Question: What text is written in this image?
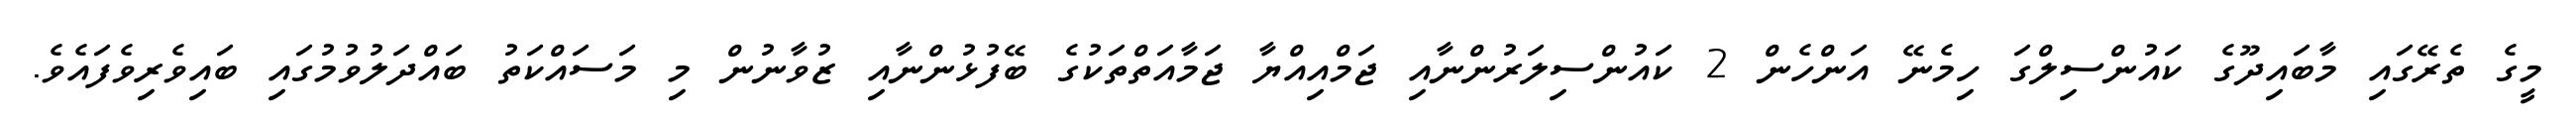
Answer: މީގެ ތެރޭގައި މާބައިދޫގެ ކައުންސިލްގަ ހިމެނޭ އަންހެން 2 ކައުންސިލަރުންނާއި ޖަމްއިއްޔާ ޖަމާއަތްތަކުގެ ބޭފުޅުންނާއި ޒުވާނުން މި މަސައްކަތު ބައްދަލުވުމުގައި ބައިވެރިވެފައެވެ.